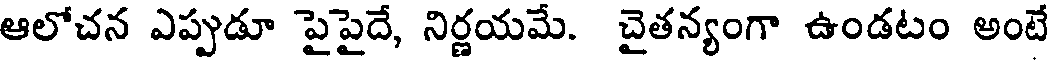
ఆలోచన ఎప్పుడూ పైపైదే, నిర్ణయమే. చైతన్యంగా ఉండటం అంటే